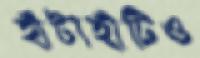
হাঁটাহাঁটিও